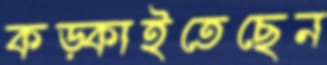
কড়্‌কাইতেছেন